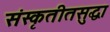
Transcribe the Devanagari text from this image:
संस्कृतीतसुद्धा